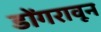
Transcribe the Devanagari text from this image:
डोंगरावून